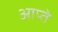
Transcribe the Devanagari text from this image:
आप्ते